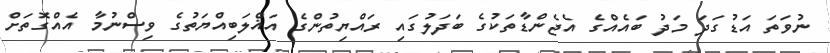
ނުވަތަ އަޑުގަދަ މަދު ބައެއްގެ އެޖެންޑާތަކުގެ ބަދަލުގައި ރައްޔިތުންގެ އަޣްލަބިއްޔަތުގެ ވިސްނުމާ އެއްގޮތަށް